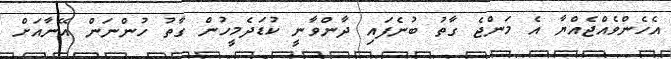
އެހެންވެއްޖެއްޔާ އެ މަންޖެ ގާތު ބުނެފައި ދާންވާނީ ކުޑަދެމީހުން ގާތު ހުންނަން އޭނާއަށް